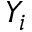
Y _ { i }